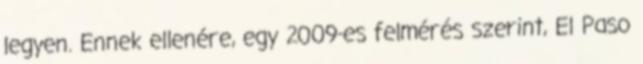
legyen. Ennek ellenére, egy 2009-es felmérés szerint, El Paso